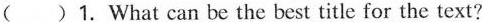
( )1.What can be the best title for the text?